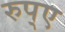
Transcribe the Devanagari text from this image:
रुप्ए